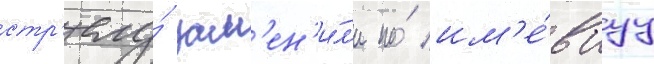
стр'елу́ зам'ен'и́л'и на́ им'е́вшуу